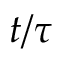
t / \tau